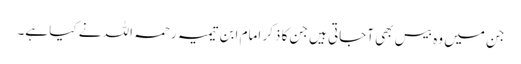
جن میں وہ بیس بھی آجاتی ہیں جن کا ذکر امام ابن تیمیہ رحمہ اللہ نے کیا ہے۔